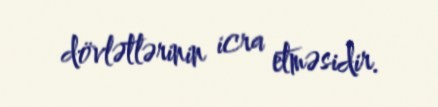
dövlətlərinin icra etməsidir.